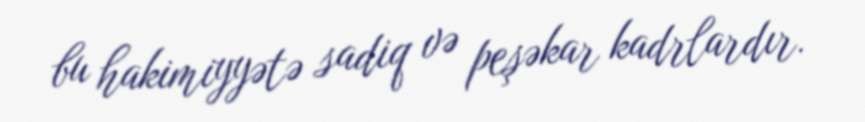
bu hakimiyyətə sadiq və peşəkar kadrlardır.